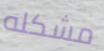
مشكله